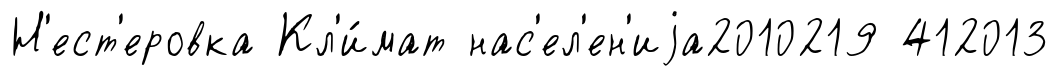
Н'ест'еровка Кл'и́мат нас'ел'ен'иjа2010219 412013